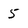
Character: 5